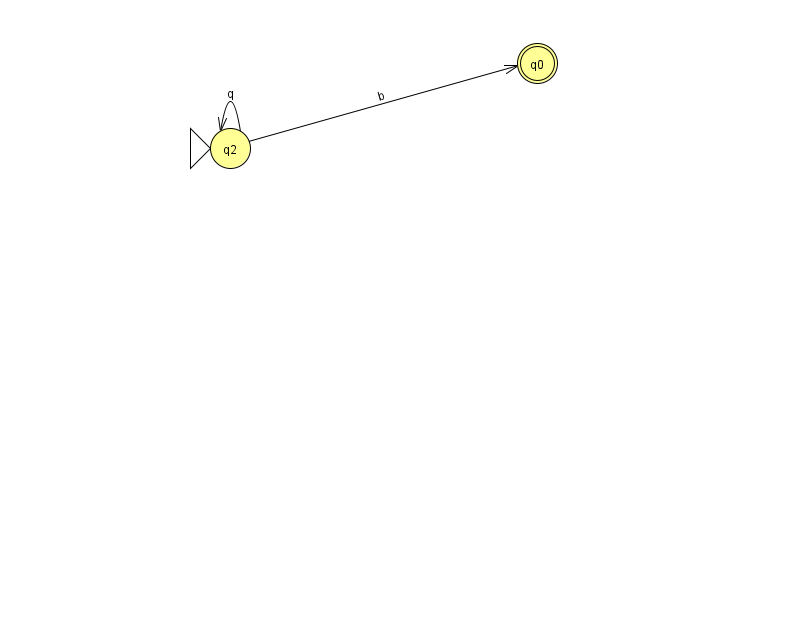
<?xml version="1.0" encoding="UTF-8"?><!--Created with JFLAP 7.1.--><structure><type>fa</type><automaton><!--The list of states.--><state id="0" name="q0"><x>537.0</x><y>50.0</y><final/></state><state id="2" name="q2"><x>230.0</x><y>135.0</y><initial/></state><!--The list of transitions.--><transition><from>2</from><to>2</to><read>q</read></transition><transition><from>2</from><to>0</to><read>b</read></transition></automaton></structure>